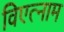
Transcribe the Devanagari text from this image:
विएत्नाम